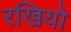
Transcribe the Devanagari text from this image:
रखियो